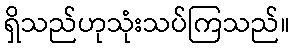
ရှိသည်ဟုသုံးသပ်ကြသည်။